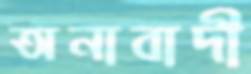
অনাবাদী